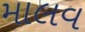
માલવ